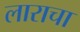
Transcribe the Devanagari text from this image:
लाराचा